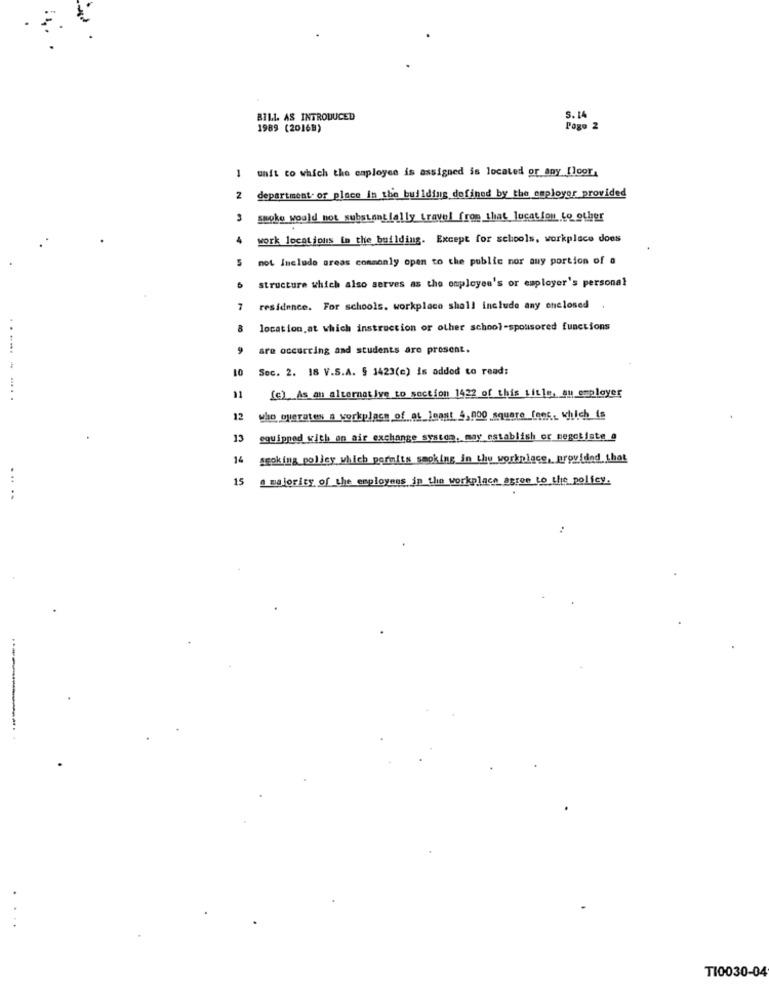
BILL. AS INTRODUCED
S. L
1989 (2016B)
Pogo 2
unit to which the employee is assigned is located or any [loor,
2 department. of place In the building defined by the employer provided
smoky would not substantially travel from that location to other
work locations in the building. Except for schools, workplace doos
5
not Include areas commonly open to the public nor any portion of a
structure which also serves as the employee's or employer's personal
7
residence. For schools. workplace shall include any enclosed
8
location,at which instruction or other school-spousored functions
9
are occurring and students are present.
LO
Soc. 2. 18 V.S.A. § 1423(e) is added to read:
11
(c)_As an alternative to section 1422 of this title, an employer
who operates a workplace of ot_leant 4,000 square foot, which is
13
squipped with on air exchange systom, may establish or negotiate @
14
seoking polley which permits smoking in the workplace, provided that
15
majority of the employees in the workplace agree to the policy.
..
TI0030-04